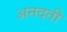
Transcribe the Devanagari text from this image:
अनदती